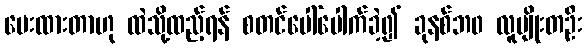
ပေးထားတာဟု ထဲသို့ထည့်ရန် စတင်ပေါ်ပေါက်ခဲ့၍ ခုနစ်ဘ၀ လူမျိုးတဦး